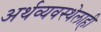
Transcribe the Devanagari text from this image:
अर्थव्यवस्थेलाही